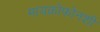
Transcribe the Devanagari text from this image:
मायक्रोफोनशी